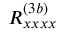
R _ { x x x x } ^ { ( 3 b ) }